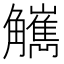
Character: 觽